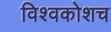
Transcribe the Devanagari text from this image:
विश्वकोशच